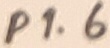
Text: P1.6